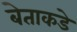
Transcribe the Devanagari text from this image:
बेताकडे